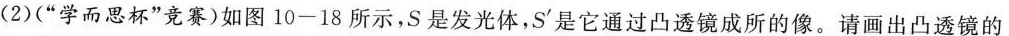
图10-17(2)(”学而思杯”竞赛)如图10-18所示，S是发光体，S^{\prime}是它通过凸透镜成所的像。请画出凸透镜的